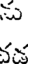
క